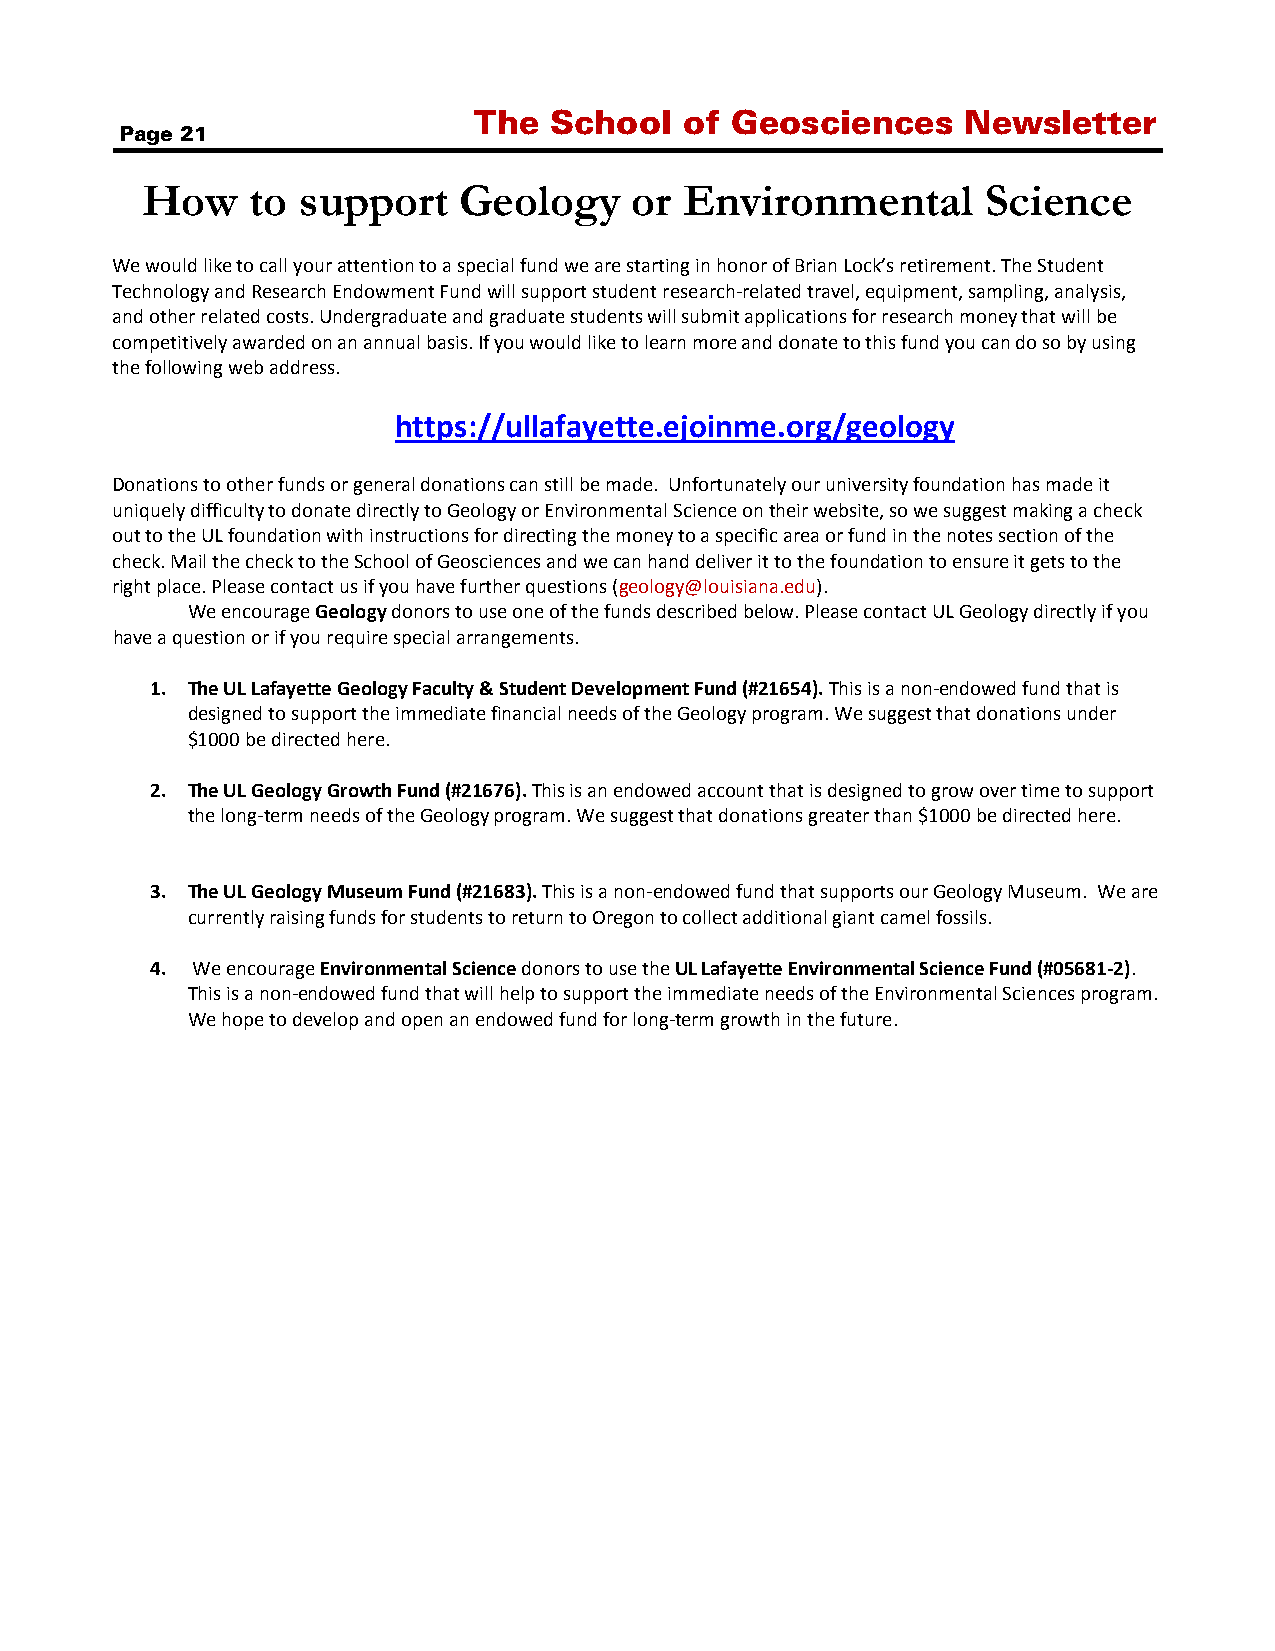
The  School   of Geosciences     Newsletter
 Page 21
 How     to support   Geology     or Environmental       Science
 We would like to call your attention to a special fund we are starting in honor of Brian Lock’s retirement. The Student
 Technology and Research Endowment Fund will support student research-related travel, equipment, sampling, analysis,
 and other related costs. Undergraduate and graduate students will submit applications for research money that will be
 competitively awarded on an annual basis. If you would like to learn more and donate to this fund you can do so by using
 the following web address.
 https://ullafayette.ejoinme.org/geology
 Donations to other funds or general donations can still be made. Unfortunately our university foundation has made it
 uniquely difficulty to donate directly to Geology or Environmental Science on their website, so we suggest making a check
 out to the UL foundation with instructions for directing the money to a specific area or fund in the notes section of the
 check. Mail the check to the School of Geosciences and we can hand deliver it to the foundation to ensure it gets to the
 right place. Please contact us if you have further questions (geology@louisiana.edu).
 We encourage Geology donors to use one of the funds described below. Please contact UL Geology directly if you
 have a question or if you require special arrangements.
 1. The UL Lafayette Geology Faculty & Student Development Fund (#21654). This is a non-endowed fund that is
 designed to support the immediate financial needs of the Geology program. We suggest that donations under
 $1000 be directed here.
 2. The UL Geology Growth Fund (#21676). This is an endowed account that is designed to grow over time to support
 the long-term needs of the Geology program. We suggest that donations greater than $1000 be directed here.
 3. The UL Geology Museum Fund (#21683). This is a non-endowed fund that supports our Geology Museum. We are
 currently raising funds for students to return to Oregon to collect additional giant camel fossils.
 4. We encourage Environmental Science donors to use the UL Lafayette Environmental Science Fund (#05681-2).
 This is a non-endowed fund that will help to support the immediate needs of the Environmental Sciences program.
 We hope to develop and open an endowed fund for long-term growth in the future.